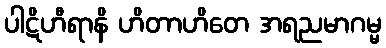
ပါဋိဟီရာနိ ဟိတာဟိတေ အရညမာဂမ္မ